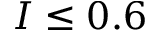
I \leq 0 . 6